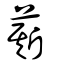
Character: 䔮